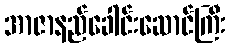
အာဇာနည်ခေါင်းဆောင်ကြီး